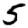
Digit: 5